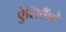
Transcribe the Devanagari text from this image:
ऐलिकैंटे